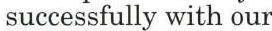
 successfully with our